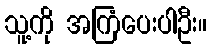
သူ့ကို အကြံပေးပါဦး။